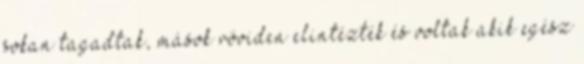
sokan tagadtak, mások röviden elintézték és voltak akik egész